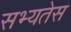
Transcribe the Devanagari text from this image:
सभ्यतेस